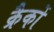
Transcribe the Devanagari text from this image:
क्रैकों